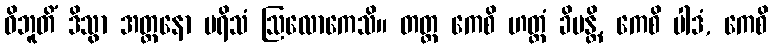
ဝိဘူတိံ ဒိသွာ အတ္တနော ပရိသံ ဩလောကေသိ။ တတ္ထ ကေစိ ဟတ္ထံ ခိပန္တိ, ကေစိ ပါဒံ, ကေစိ